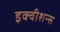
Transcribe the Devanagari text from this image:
इक्‍वीशन्‍स